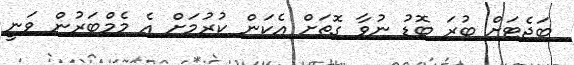
ބަޖެޓަށް ބުރަ ބޮޑު ނުވާ ގޮތަށް އެކަން ކުރުމަށް އެ މެމްބަރުން ވަނީ